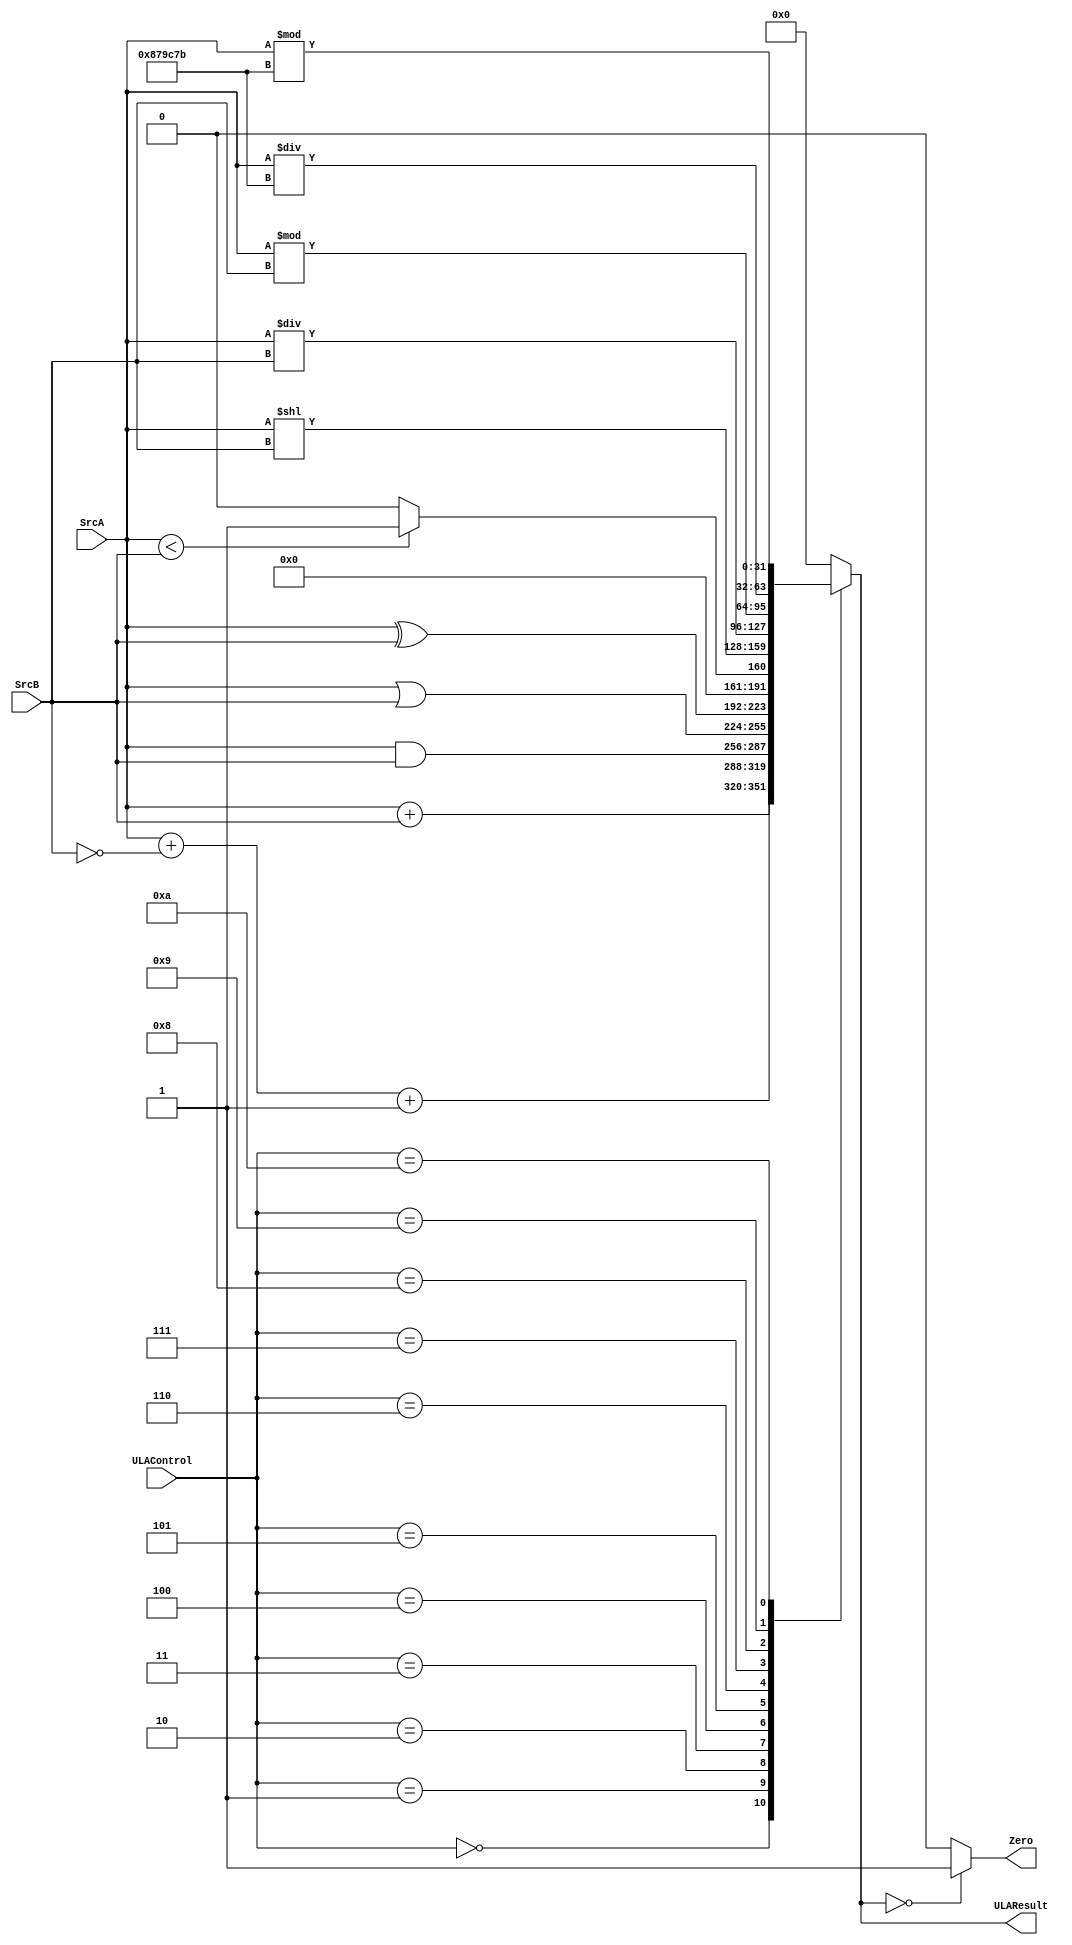
module ULA(
    
    input [31:0] SrcA, SrcB,
    input [3:0] ULAControl,
    output reg [31:0] ULAResult,
    output reg Zero
    
);

initial
begin
	ULAResult = 32'b0;
	Zero = 1'b0;
end


always @(*) begin
    case(ULAControl)
        4'b0000: ULAResult = SrcA + SrcB;
        4'b0001: ULAResult = SrcA + ~SrcB + 1'b1;
        4'b0010: ULAResult = SrcA & SrcB;
        4'b0011: ULAResult = SrcA | SrcB;
        4'b0100: ULAResult = SrcA ^ SrcB;
        4'b0101: ULAResult = (SrcA < SrcB) ? 1'b1 : 1'b0;
        4'b0110: ULAResult = SrcA << SrcB;
        4'b0111: ULAResult = SrcA / SrcB;
        4'b1000: ULAResult = SrcA % SrcB;
        4'b1001: ULAResult = SrcA / 24'b100001111001110001111011; //div por constante 1,05946
        4'b1010: ULAResult = SrcA % 24'b100001111001110001111011; //rem por constante 1,05946
		  
        default: ULAResult = 32'b0;
    endcase
end

always @(*) begin
    if(ULAResult == 32'b0) begin
        Zero = 1'b1;
    end else begin
        Zero = 1'b0;
    end
end

endmodule